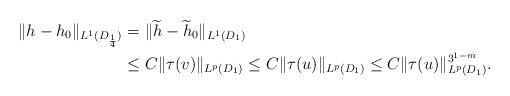
LaTeX: \begin{align*}\|{h}-{h_0}\|_{L^1(D_{\frac14})}&=\|\widetilde{h}-\widetilde{h}_0\|_{L^1(D_{1})}\\&\leq C\|\tau(v)\|_{L^p(D_{1})}\leq C\|\tau(u)\|_{L^p(D_{1})}\leq C\|\tau(u)\|_{L^p(D_{1})}^{3^{1-m}}.\end{align*}